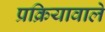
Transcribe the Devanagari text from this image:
प्रक्रियावाले